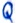
Text: Q